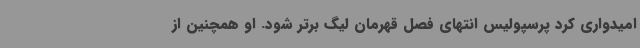
امیدواری کرد پرسپولیس انتهای فصل قهرمان لیگ برتر شود. او همچنین از